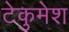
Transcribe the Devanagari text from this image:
टेकुमेश